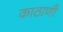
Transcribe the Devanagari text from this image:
काठाणी